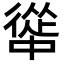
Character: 𭜅